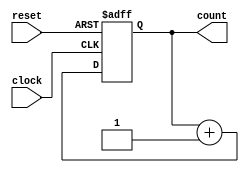
`timescale 1ns / 1ps
//////////////////////////////////////////////////////////////////////////////////
// Company: 
// Engineer: 
// 
// Design Name: 
// Module Name:    counter 
// Project Name: 
// Target Devices: 
// Tool versions: 
// Description: 
//
// Dependencies: 
//
// Revision: 
// Revision 0.01 - File Created
// Additional Comments: 
//
//////////////////////////////////////////////////////////////////////////////////
module counter(count, reset, clock);
output reg [15:0] count = 16'b0;
input reset, clock;

always@(posedge clock or posedge reset)
begin
	if(reset)
	begin
		count = 16'b0; 
	end
	else
	begin
		count = count + 1'b1; 
		end
end
endmodule